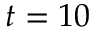
t = 1 0